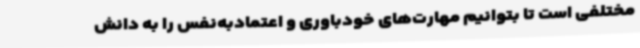
مختلفی است تا بتوانیم مهارت‌های خودباوری و اعتمادبه‌نفس را به دانش